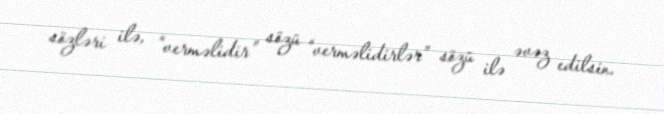
sözləri ilə, “verməlidir” sözü “verməlidirlər” sözü ilə əvəz edilsin.